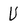
Character: U